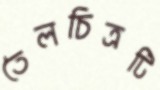
তৈলচিত্রটি